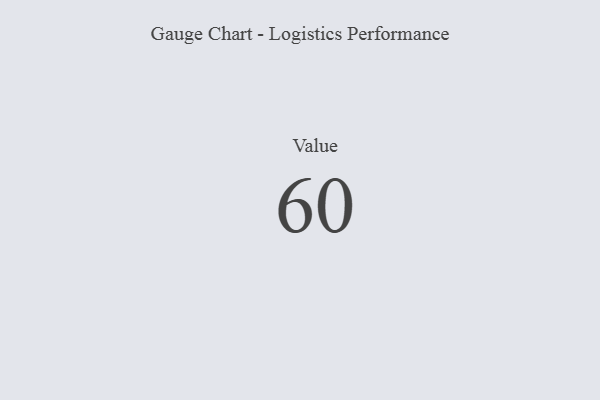
{"axis": {"x": "Metric", "y": "Value"}, "legend": [""], "data": [{"x": "Value", "y": 60, "type": ""}]}